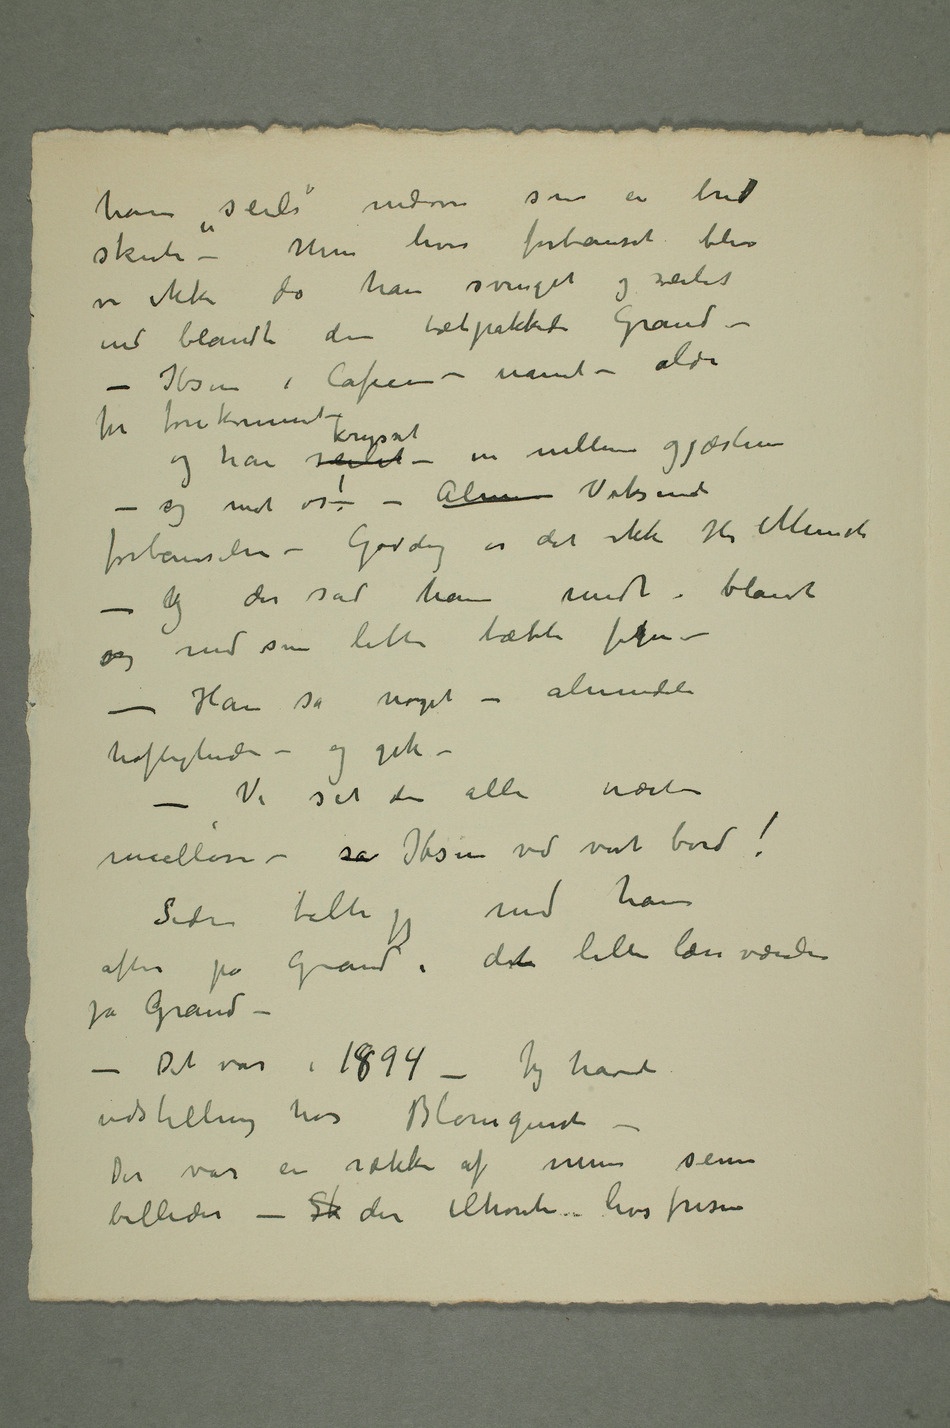
ham «seile» indom som en bred
skute – Men hvor forbauset blev
vi ikke da han svinget og seilet
ind blandt den tætpakkede Grand –
– Ibsen i Cafeen – umuli – aldri
før forekommet
– og han seilet krysset – in mellem gjæstene –
mod os! – Almen Voksende
– og der sad han midt i blandt
os med sin lille tætte fikgur –
– Han sa noget –
høfligheder – og gik – –
Siden talte jeg med ham
aften på Grand i dent lille læseværelse
på Grand –
– Det var i 1894 – Jeg havde
udstilling hos Blomquist –
Der var en række af mine senere
billeder – Sk der tilhørede livsfrisen